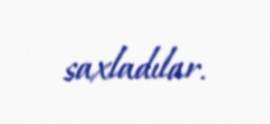
saxladılar.